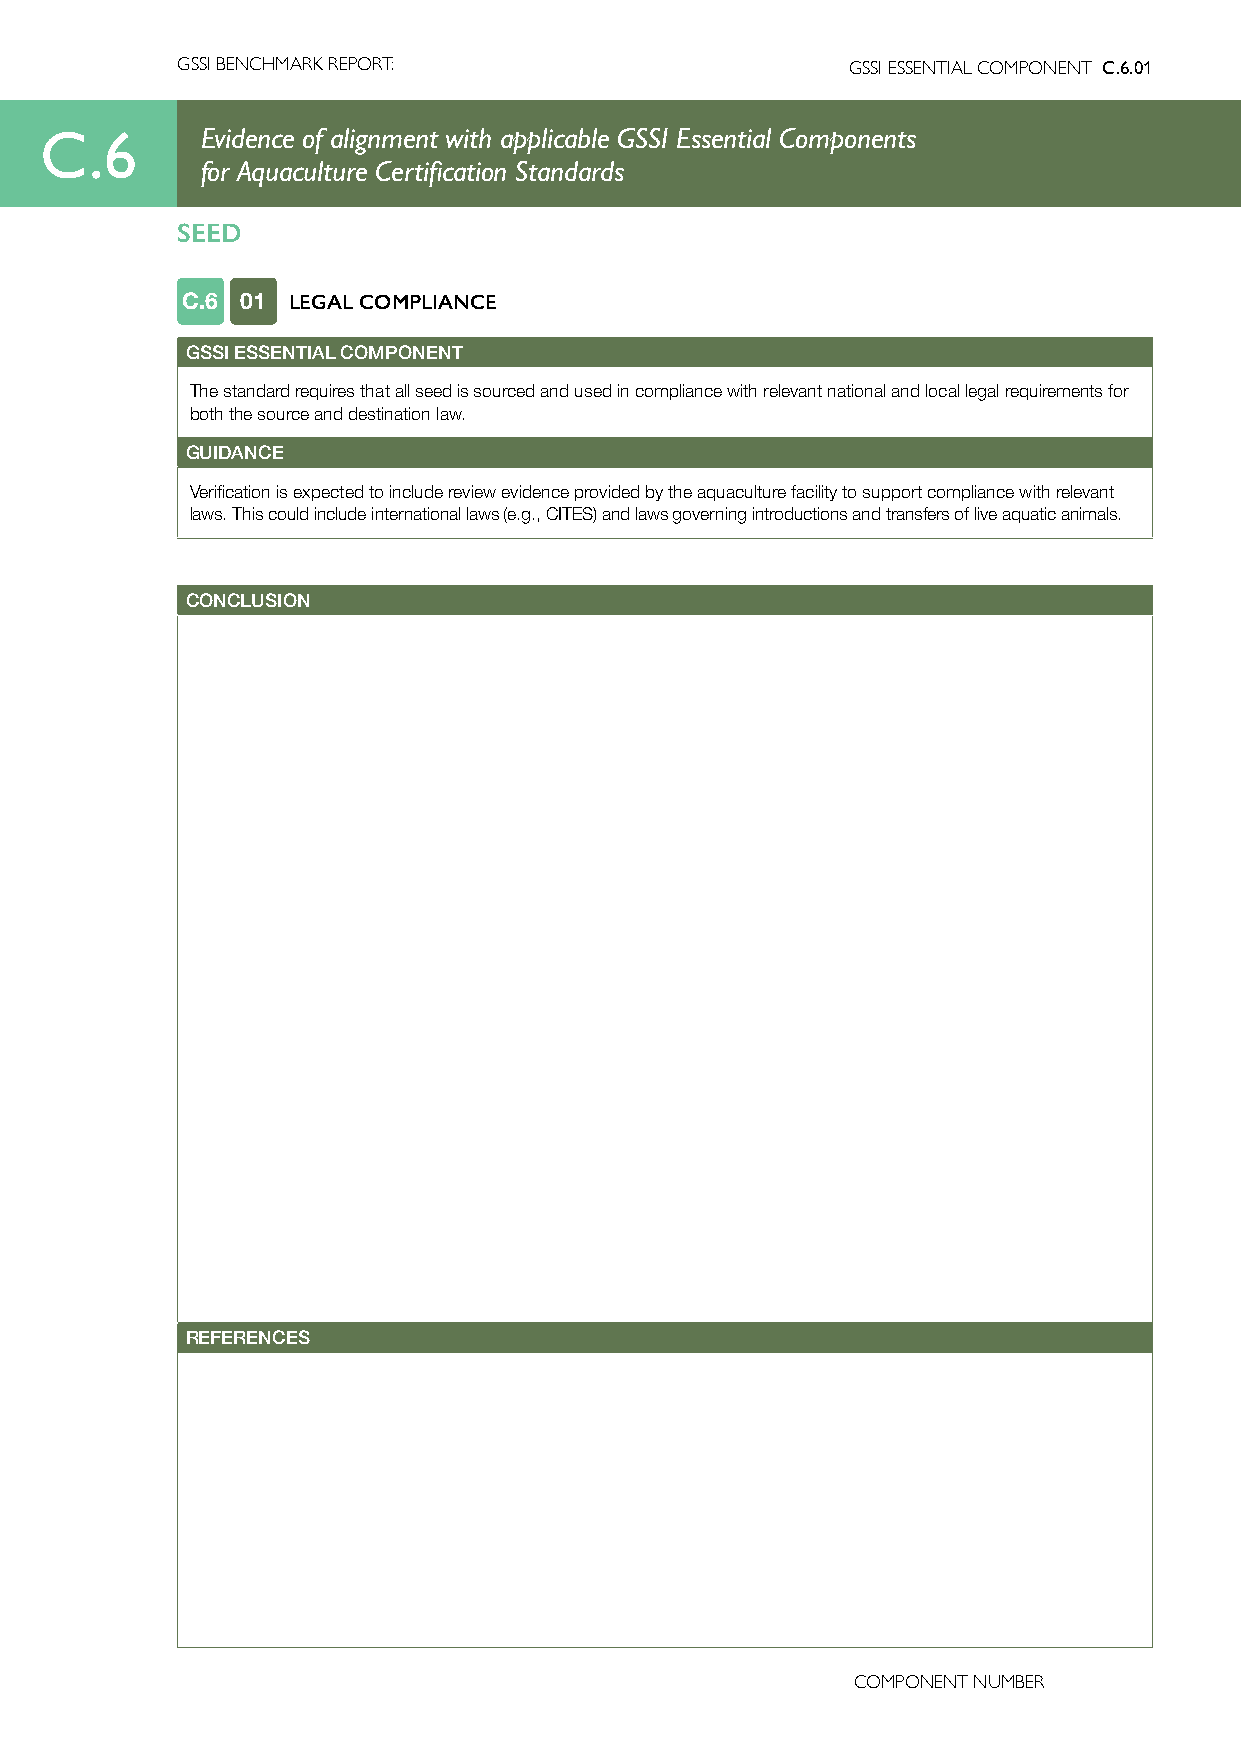
GSSI BENCHMARK REPORT:                      GSSI ESSENTIAL COMPONENT C.6.01
 C.6       Evidence of alignment with applicable GSSI Essential Components
 for Aquaculture Certification Standards
 SEED
 C.6 01 LEGAL COMPLIANCE
 GSSI ESSENTIAL COMPONENT
 The standard requires that all seed is sourced and used in compliance with relevant national and local legal requirements for
 both the source and destination law.
 GUIDANCE
 Verification is expected to include review evidence provided by the aquaculture facility to support compliance with relevant
 laws. This could include international laws (e.g., CITES) and laws governing introductions and transfers of live aquatic animals.
 CONCLUSION
 REFERENCES
 COMPONENT NUMBER